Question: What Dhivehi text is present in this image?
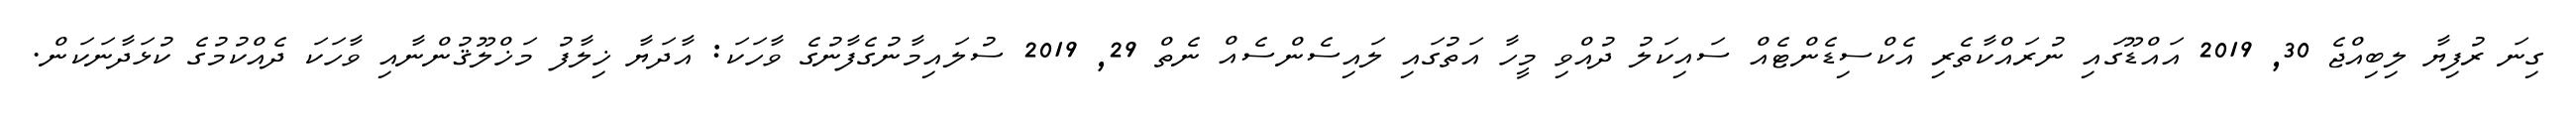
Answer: ގިނަ ރުފިޔާ ލިބިއްޖެ 30, 2019 އައްޑޫގައި ނުރައްކާތެރި އެކްސިޑެންޓެއް ސައިކަލު ދުއްވި މީހާ އަތުގައި ލައިސެންސެއް ނެތް 29, 2019 ސުލައިމާނުގެފާނުގެ ވާހަކަ: އާދަޔާ ޚިލާފު މަޚްލޫޤުންނާއި ވާހަކަ ދެއްކުމުގެ ކުޅަދާނަކަން.